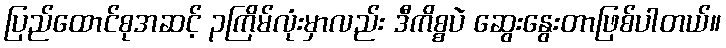
ပြည်ထောင်စုအဆင့် ၃ကြိမ်လုံးမှာလည်း ဒီကိစ္စပဲ ဆွေးနွေးတာဖြစ်ပါတယ်။